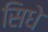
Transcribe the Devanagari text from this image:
सिधे